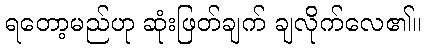
ရတော့မည်ဟု ဆုံးဖြတ်ချက် ချလိုက်လေ၏။